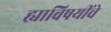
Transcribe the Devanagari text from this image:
ह्याविषयींचे